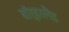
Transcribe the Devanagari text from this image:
बॉर्डरलैंड